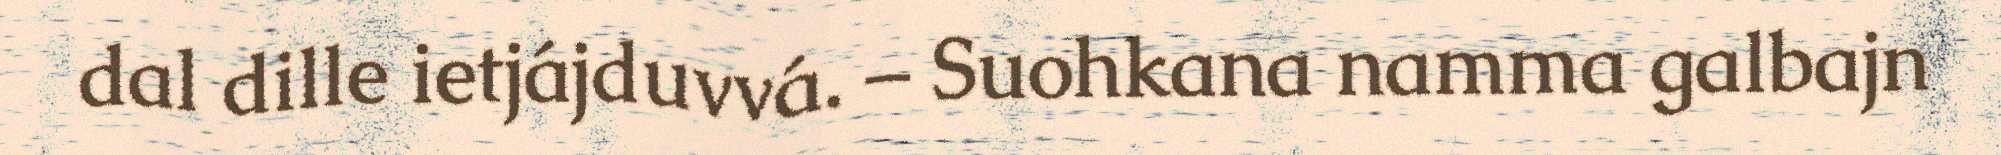
dal dille ietjájduvvá. – Suohkana namma galbajn